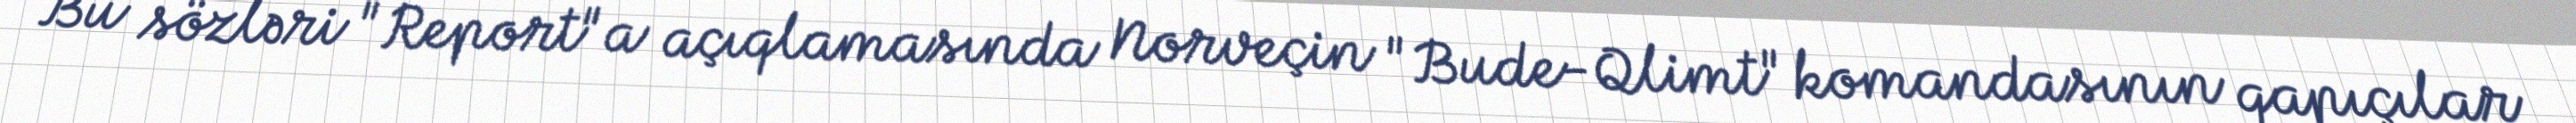
Bu sözləri "Report"a açıqlamasında Norveçin "Bude-Qlimt" komandasının qapıçılar